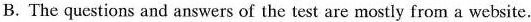
B.The questions and answers of the test are mostly from a website.